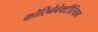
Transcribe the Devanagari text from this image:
कोरिनेबेक्टीरियम